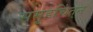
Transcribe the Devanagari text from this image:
समूहचिंतन